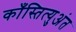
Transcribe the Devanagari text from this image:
काँस्तित्युअंत